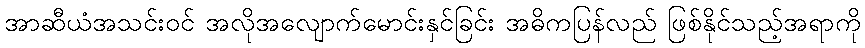
အာဆီယံအသင်းဝင် အလိုအလျောက်မောင်းနှင်ခြင်း အဓိကပြန်လည် ဖြစ်နိုင်သည့်အရာကို